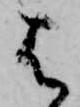
は